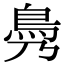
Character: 𩾖